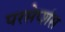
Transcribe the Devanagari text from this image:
परसेप्शंस